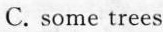
C. some trees